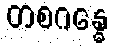
တစဂန္ဓေ